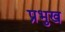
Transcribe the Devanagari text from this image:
प्रभुख